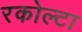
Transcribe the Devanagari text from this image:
रकोल्टा